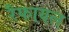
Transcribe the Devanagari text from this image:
रैफायल